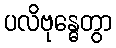
ပလိဗုန္ဓေတွာ